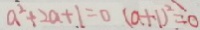
a ^ { 2 } + 2 a + 1 = 0 ( a + 1 ) ^ { 2 } = 0